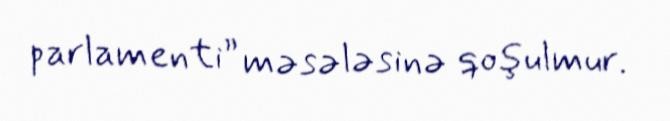
parlamenti” məsələsinə qoşulmur.